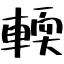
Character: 輭